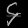
Digit: ၄